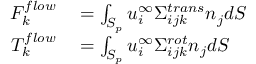
\begin{array} { r l } { F _ { k } ^ { f l o w } } & { { } = \int _ { S _ { p } } u _ { i } ^ { \infty } \Sigma _ { i j k } ^ { t r a n s } n _ { j } d S } \\ { T _ { k } ^ { f l o w } } & { { } = \int _ { S _ { p } } u _ { i } ^ { \infty } \Sigma _ { i j k } ^ { r o t } n _ { j } d S } \end{array}